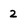
Character: 2